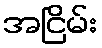
အငြိမ်း